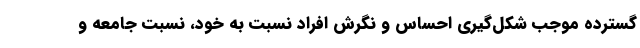
گسترده موجب شکل‌گیری احساس و نگرش افراد نسبت به خود، نسبت جامعه و